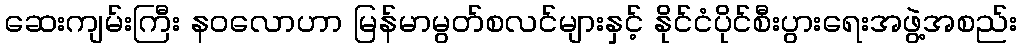
ဆေးကျမ်းကြီး နဝလောဟာ မြန်မာမွတ်စလင်များနှင့် နိုင်ငံပိုင်စီးပွားရေးအဖွဲ့အစည်း